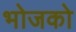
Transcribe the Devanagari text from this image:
भोजको